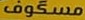
مسگوف